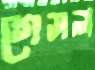
গেসলা